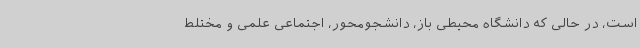
است، در حالی که دانشگاه محیطی باز، دانشجومحور، اجتماعی علمی و مختلط